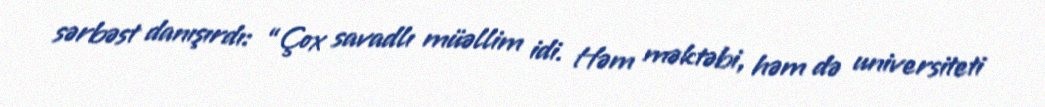
sərbəst danışırdı: “Çox savadlı müəllim idi. Həm məktəbi, həm də universiteti